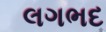
લગભદ